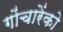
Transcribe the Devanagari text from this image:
गोंचारेंको